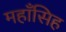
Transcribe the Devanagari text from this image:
महाँसिह